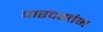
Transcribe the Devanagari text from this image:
पारदस्तंभ